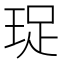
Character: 珿